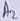
Text: A2